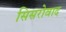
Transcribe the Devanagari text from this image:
सिसरोवाद